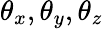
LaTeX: \theta_{x},\theta_{y},\theta_{z}